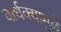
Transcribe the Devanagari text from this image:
वार्धक्यामुळे